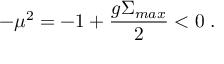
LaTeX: - \mu ^ { 2 } = - 1 + \frac { g \Sigma _ { m a x } } 2 < 0 \; .